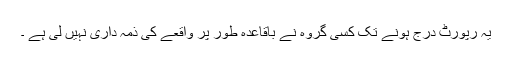
یہ رپورٹ درج ہونے تک کسی گروہ نے باقاعدہ طور پر واقعے کی ذمہ داری نہیں لی ہے ۔